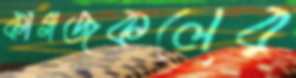
কাগজকলের